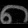
Digit: ၈